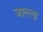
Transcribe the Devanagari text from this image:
जाल्ला